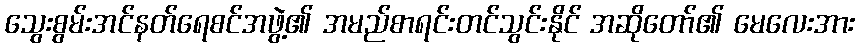
သွေးစွမ်းအင်နတ်ရေစင်အဖွဲ့၏ အမည်စာရင်းတင်သွင်းနိုင် အဆိုတော်၏ မေလေးအား